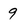
Character: 9